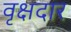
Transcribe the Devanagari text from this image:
वृक्षदार